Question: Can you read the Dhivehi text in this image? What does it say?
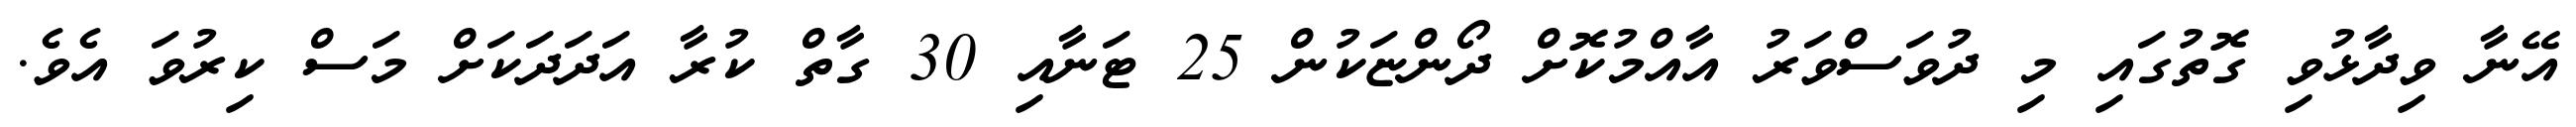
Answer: އޭނާ ވިދާޅުވި ގޮތުގައި މި ދުވަސްވަރު އާއްމުކޮށް ދޯންޏަކުން 25 ޓަނާއި 30 ގާތް ކުރާ އަދަދަކަށް މަސް ކިރުވަ އެވެ.